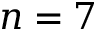
n = 7